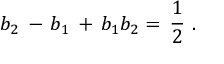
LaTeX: b _ { 2 } \, - \, b _ { 1 } \, + \, b _ { 1 } b _ { 2 } = \, { \frac { 1 } { 2 } } \, \, .